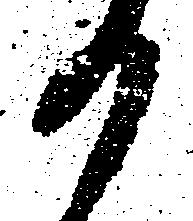
か